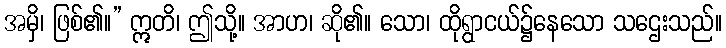
အမှိ၊ ဖြစ်၏။” ဣတိ၊ ဤသို့။ အာဟ၊ ဆို၏။ သော၊ ထိုရွာငယ်၌နေသော သဌေးသည်။